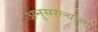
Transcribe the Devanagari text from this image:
अनुसरल्यास